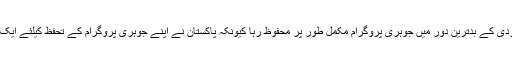
ڈاکٹر ثمر مبارک مند کاکہنا تھا کہ پاکستان کو درپیش دہشت گردی کے بدترین دور میں جوہری پروگرام مکمل طور پر محفوظ رہا کیونکہ پاکستان نے اپنے جوہری پروگرام کے تحفظ کیلئے ایک مربوط نظام وضح کر رکھا جس کا تمام دنیا اعتراف کرتی ہے۔